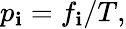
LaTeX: p_{\mathbf{i}}=f_{\mathbf{i}}/T,